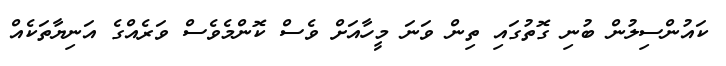
ކައުންސިލުން ބުނި ގޮތުގައި ތިން ވަނަ މީހާއަށް ވެސް ކޮންމެވެސް ވަރެއްގެ އަނިޔާތަކެއް